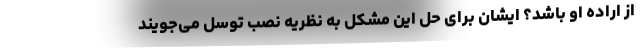
از اراده او باشد؟ ایشان برای حل این مشکل به نظریه نصب توسل می‌جویند